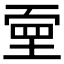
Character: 𡎄